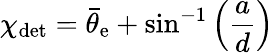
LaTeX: \chi_{\mathrm{det}}=\bar{\theta}_{\mathrm{e}}+\sin^{-1}\left(\frac{a}{d}\right)